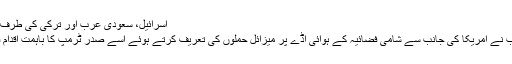
اسرائیل، سعودی عرب اور ترکی کی طرف سے حمایت
سعودی عرب نے امریکا کی جانب سے شامی فضائیہ کے ہوائی اڈے پر میزائل حملوں کی تعریف کرتے ہوئے اسے صدر ٹرمپ کا باہمت اقدام قرار دیا ہے۔